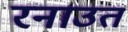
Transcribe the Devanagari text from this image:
रनाउत